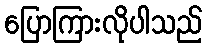
ပြောကြားလိုပါသည်